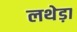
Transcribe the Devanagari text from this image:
लथेड़ा